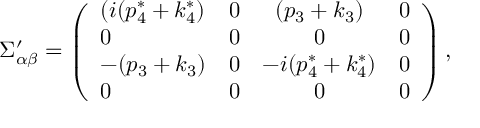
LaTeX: \Sigma _ { \alpha \beta } ^ { \prime } = \left( \begin{array} { l c c r } { { ( i ( p _ { 4 } ^ { * } + k _ { 4 } ^ { * } ) } } & { { 0 } } & { { ( p _ { 3 } + k _ { 3 } ) } } & { { 0 } } \\ { { 0 } } & { { 0 } } & { { 0 } } & { { 0 } } \\ { { - ( p _ { 3 } + k _ { 3 } ) } } & { { 0 } } & { { - i ( p _ { 4 } ^ { * } + k _ { 4 } ^ { * } ) } } & { { 0 } } \\ { { 0 } } & { { 0 } } & { { 0 } } & { { 0 } } \end{array} \right) ,